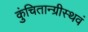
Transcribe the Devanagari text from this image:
कुंचितान्ग्रीस्थवं